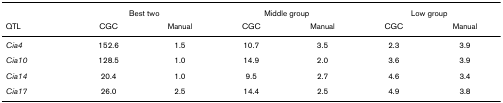
|  | <COLSPAN=2> Best two | <COLSPAN=2> Middle group | <COLSPAN=2> Low group |
 | QTL | CGC | Manual | CGC | Manual | CGC | Manual |
 | --- | --- | --- | --- | --- | --- | --- |
 | Cia4 | 152.6 | 1.5 | 10.7 | 3.5 | 2.3 | 3.9 |
 | Cia10 | 128.5 | 1.0 | 14.9 | 2.0 | 3.6 | 3.9 |
 | Cia14 | 20.4 | 1.0 | 9.5 | 2.7 | 4.6 | 3.4 |
 | Cia17 | 26.0 | 2.5 | 14.4 | 2.5 | 4.9 | 3.8 |